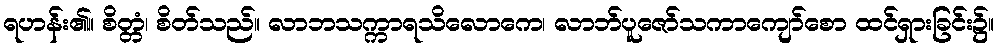
ရဟန်း၏။ စိတ္တံ၊ စိတ်သည်။ လာဘသက္ကာရသိလောကေ၊ လာဘ်ပူဇော်သကာကျော်စော ထင်ရှားခြင်း၌။